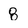
Character: 8